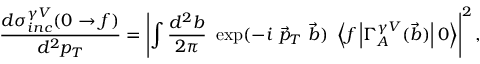
\frac { d \sigma _ { i n c } ^ { \gamma V } ( 0 \to f ) } { d ^ { 2 } p _ { T } } = \left| \int \frac { d ^ { 2 } b } { 2 \pi } \ \exp ( - i \ \vec { p } _ { T } \ \vec { b } ) \ \left\langle f \left| \Gamma _ { A } ^ { \gamma V } ( \vec { b } ) \right| 0 \right\rangle \right| ^ { 2 } ,